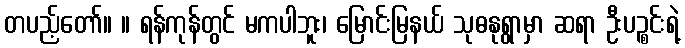
တပည့်တော်။ ။ ရန်ကုန်တွင် မကပါဘူး၊ မြောင်းမြနယ် သုဓနုရွာမှာ ဆရာ ဦးပဉ္စင်းရဲ့